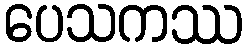
ပေသကဿ